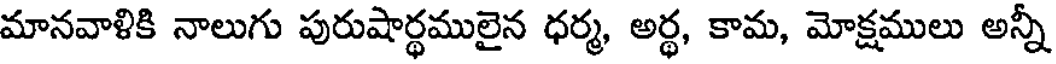
మానవాళికి నాలుగు పురుషార్థములైన ధర్మ, అర్థ, కామ, మోక్షములు అన్నీ